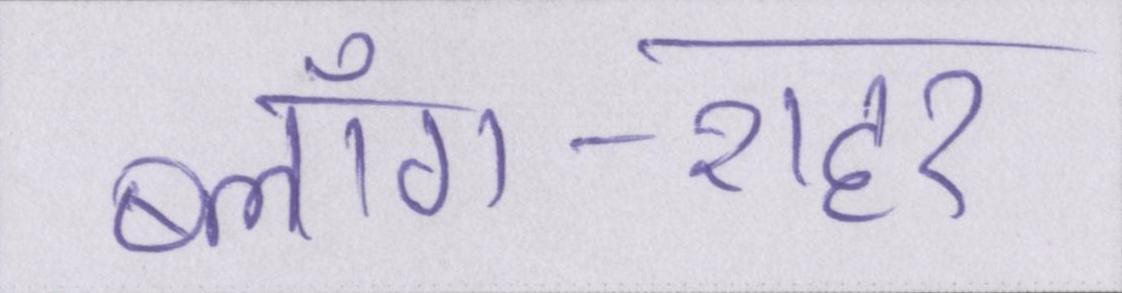
ब्लॉग-शहर